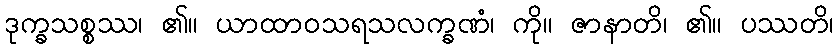
ဒုက္ခသစ္စဿ၊ ၏။ ယာထာဝသရသလက္ခဏံ၊ ကို။ ဇာနာတိ၊ ၏။ ပဿတိ၊